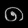
Digit: ၈